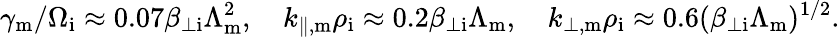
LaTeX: \gamma_{\mathrm{m}}/\Omega_{\mathrm{i}}\approx 0.07\beta_{\perp\mathrm{i}}\Lambda_{\mathrm{m}}^{2},\quad k_{\parallel,\mathrm{m}}\rho_{\mathrm{i}}\approx 0.2\beta_{\perp\mathrm{i}}\Lambda_{\mathrm{m}},\quad k_{\perp,\mathrm{m}}\rho_{\mathrm{i}}\approx 0.6(\beta_{\perp\mathrm{i}}\Lambda_{\mathrm{m}})^{1/2}.